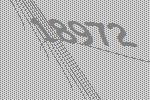
18972